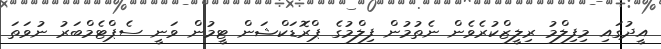
އީދުގައި މިފިލްމު ރިލީޒްކުރެވެން ނެތުމުން ފިލްމުގެ ޕްރޮޑަކްޝަން ޓީމުން ވަނީ ސެޕްޓެމްބަރު ނުވަތަ